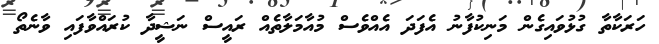
ހަރަކާތާ ގުޅުވައިގެން މަނިކުފާނު އެފަދަ އެއްވެސް މުއާމަލާތެއް ރައީސް ނަޝީދާ ކުރައްވާފައި ވާނެތޯ